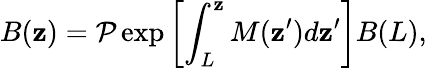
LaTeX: B(\mathbf{z})=\mathcal{{P}}\exp{\left[\int_{L}^{\mathbf{z}}M(\mathbf{z}^{\prime})d\mathbf{z}^{\prime}\right]}B(L),